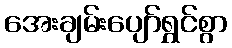
အေးချမ်းပျော်ရွှင်စွာ